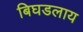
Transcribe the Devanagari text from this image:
बिघडलाय